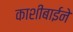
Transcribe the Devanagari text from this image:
काशीबाईने